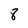
Character: 8